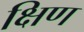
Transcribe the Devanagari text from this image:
क्षिण